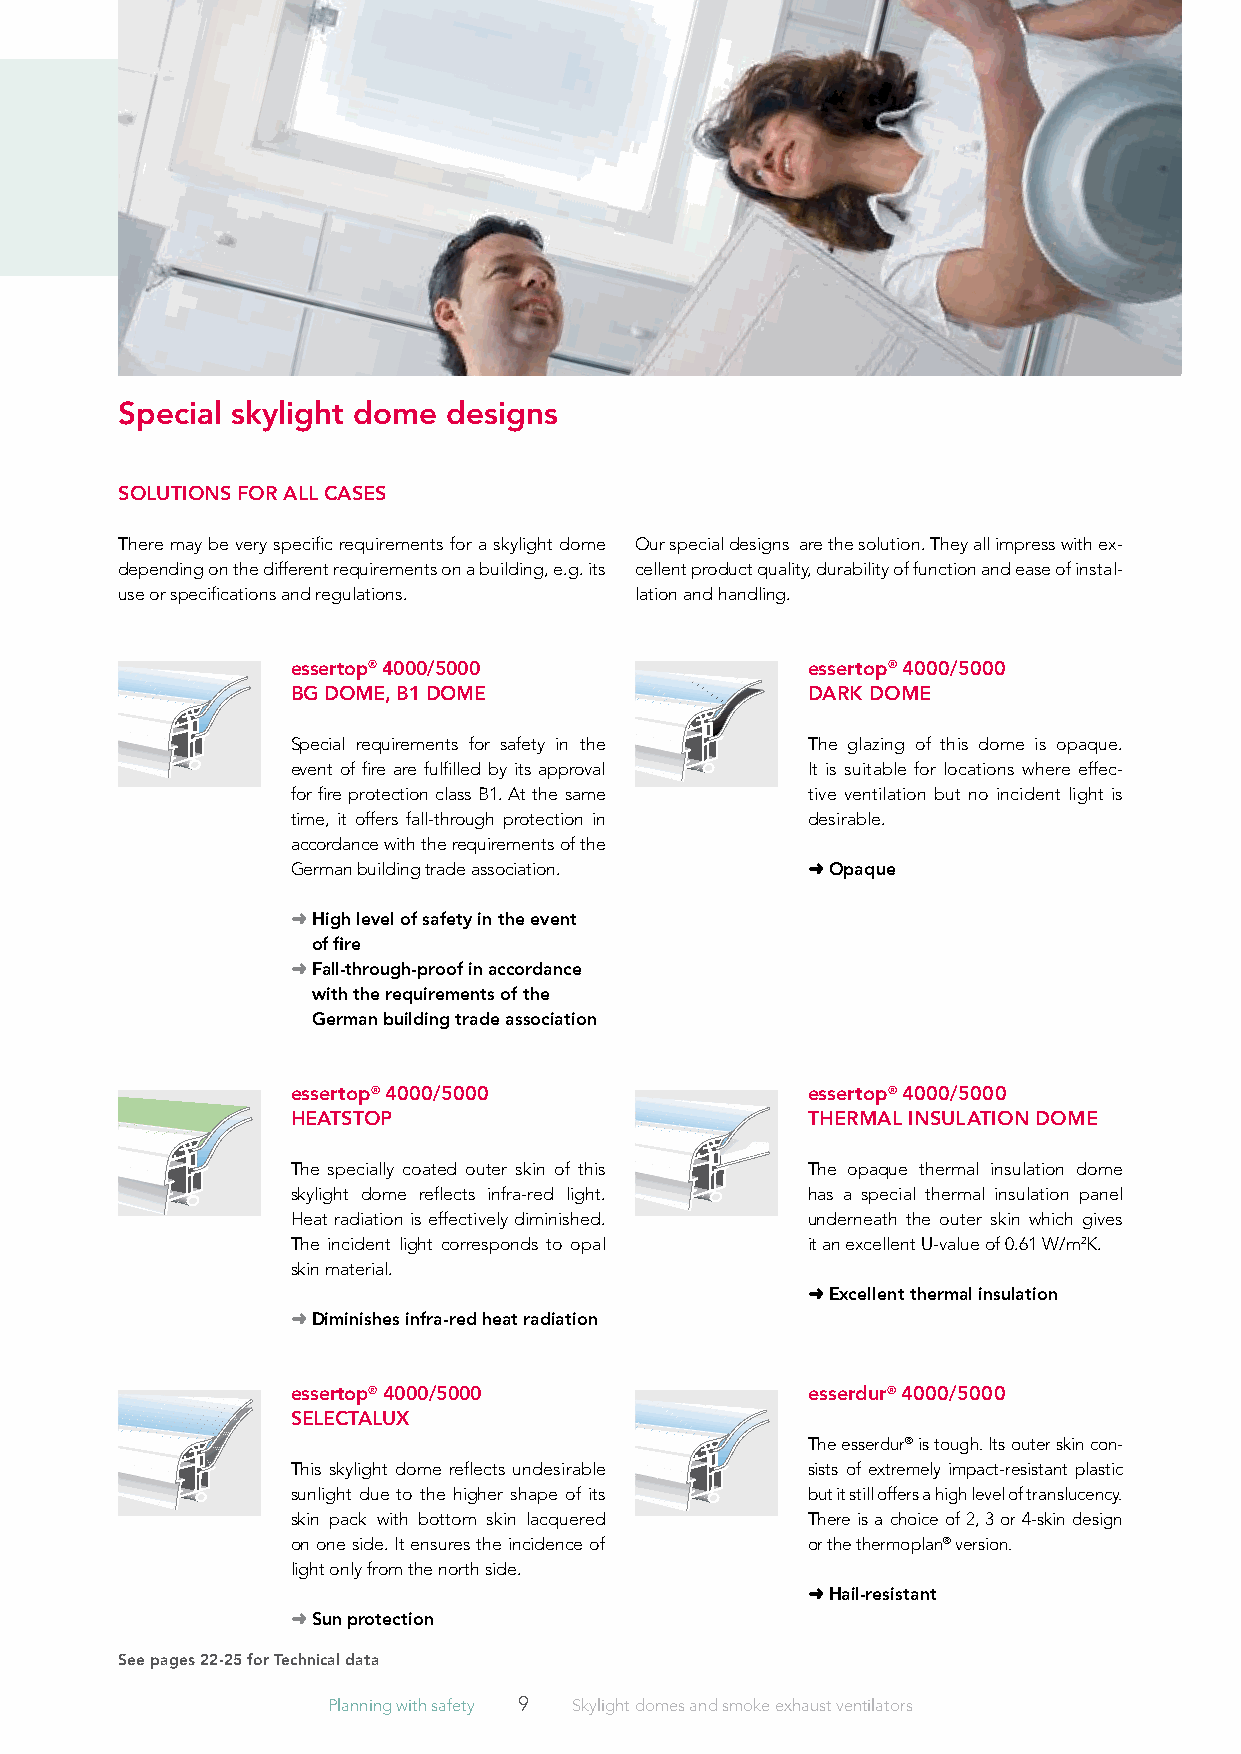
Special skylight dome designs
 SOlUTiONS fOr All CASES
 There may be very specific requirements for a skylight dome Our special designs are the solution. They all impress with ex-
 depending on the different requirements on a building, e.g. its cellent product quality, durability of function and ease of instal-
 use or specifications and regulations. lation and handling.
 essertop® 4000/5000               essertop® 4000/5000
 bG DOME, b1 DOME                  DArK DOME
 Special requirements for safety in the The glazing of this dome is opaque.
 event of fire are fulfilled by its approval It is suitable for locations where effec-
 for fire protection class B1. At the same tive ventilation but no incident light is
 time, it offers fall-through protection in d esirable.
 accordance with the requirements of the
 German building trade association. ➜ Opaque
 ➜ High level of safety in the event
 of fire
 ➜ fall-through-proof in accordance
 with the requirements of the
 German building trade association
 essertop® 4000/5000               essertop® 4000/5000
 HEATSTOp                          THErMAl iNSUlATiON DOME
 The specially coated outer skin of this The opaque thermal insulation dome
 skylight dome reflects infra-red light. has a special thermal insulation panel
 Heat radiation is effectively diminished. underneath the outer skin which gives
 The incident light corresponds to opal it an excellent U-value of 0.61 W/m2K.
 skin material.
 ➜ Excellent thermal insulation
 ➜ Diminishes infra-red heat radiation
 essertop® 4000/5000               esserdur® 4000/5000
 SElECTAlUx
 The esserdur® is tough. Its outer skin con-
 This skylight dome reflects undesirable sists of extremely impact-resistant plastic
 sunlight due to the higher shape of its but it still offers a high level of translucency.
 skin pack with bottom skin lacquered There is a choice of 2, 3 or 4-skin design
 on one side. It ensures the incidence of or the thermoplan® version.
 light only from the north side.
 ➜ Hail-resistant
 ➜ Sun protection
 See pages 22-25 for Technical data
 Planning with safety 9 Skylight domes and smoke exhaust ventilators